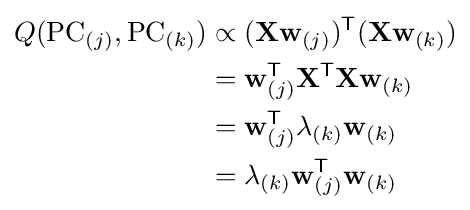
{\begin{aligned}Q(\mathrm {PC} _{(j)},\mathrm {PC} _{(k)})&\propto (\mathbf {X} \mathbf {w} _{(j)})^{\mathsf {T}}(\mathbf {X} \mathbf {w} _{(k)})\\&=\mathbf {w} _{(j)}^{\mathsf {T}}\mathbf {X} ^{\mathsf {T}}\mathbf {X} \mathbf {w} _{(k)}\\&=\mathbf {w} _{(j)}^{\mathsf {T}}\lambda _{(k)}\mathbf {w} _{(k)}\\&=\lambda _{(k)}\mathbf {w} _{(j)}^{\mathsf {T}}\mathbf {w} _{(k)}\end{aligned}}